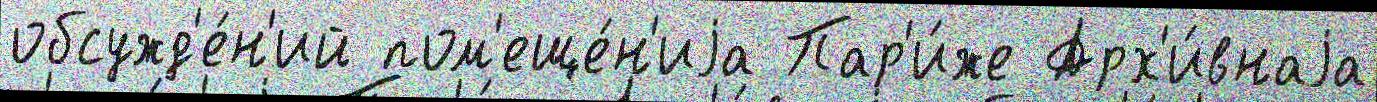
обсужд'е́н'ий пом'еще́н'иjа Пар'и́же Арх'и́внаjа